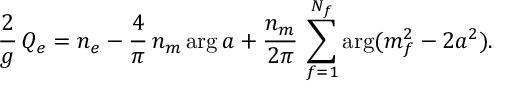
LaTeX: { \frac { 2 } { g } } \, Q _ { e } = n _ { e } - { \frac { 4 } { \pi } } \, n _ { m } \arg a + { \frac { n _ { m } } { 2 \pi } } \, \sum _ { f = 1 } ^ { N _ { f } } \arg ( m _ { f } ^ { 2 } - 2 a ^ { 2 } ) .